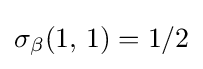
\sigma _{\beta }(1,\,1)=1/2